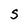
Character: S